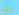
إنه